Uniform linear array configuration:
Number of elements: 48
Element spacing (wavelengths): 0.5
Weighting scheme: cosine
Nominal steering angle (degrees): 60
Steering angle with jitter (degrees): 60.215
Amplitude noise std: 0.05
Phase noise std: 0.05

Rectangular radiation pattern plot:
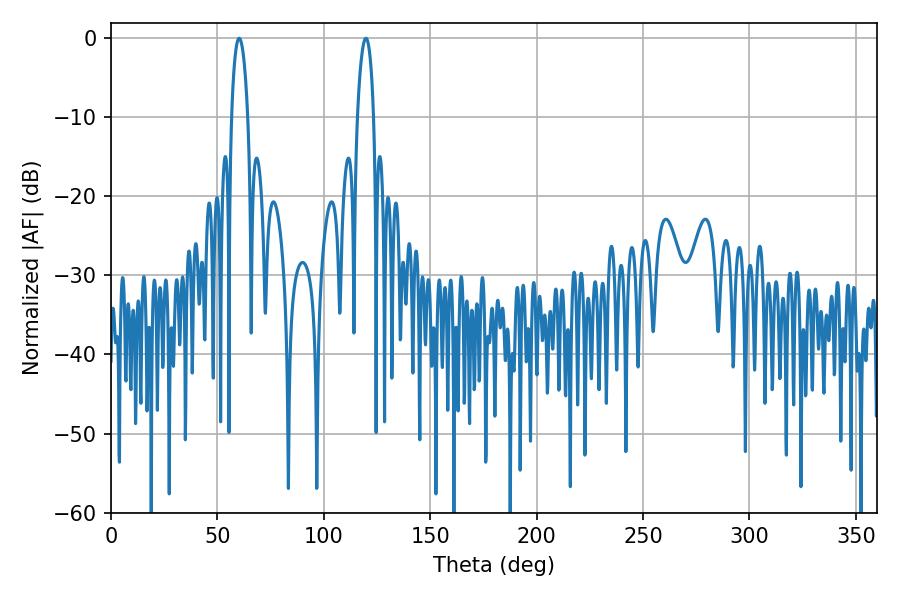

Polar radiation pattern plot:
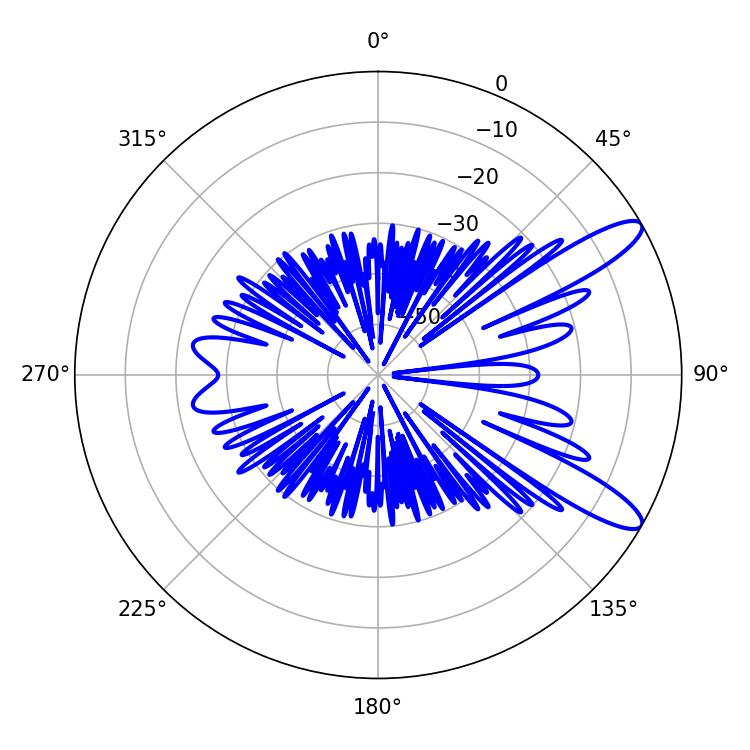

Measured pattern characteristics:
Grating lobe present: FALSE
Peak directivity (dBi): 11.415
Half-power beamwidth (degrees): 4.32
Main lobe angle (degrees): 60.3